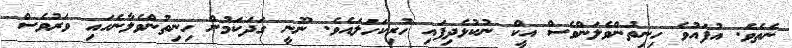
ނެތެވެ. އުފައުވެ ހިނިތުންވެލަންވެސް އީކް ނުކުޅެދިފައި ހުރިކަހަލައެވެ. ނޫނީ ގަދަކަމުން ހިނިތުންވެލާނެހައި ވަރުވެސް